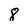
Character: 8